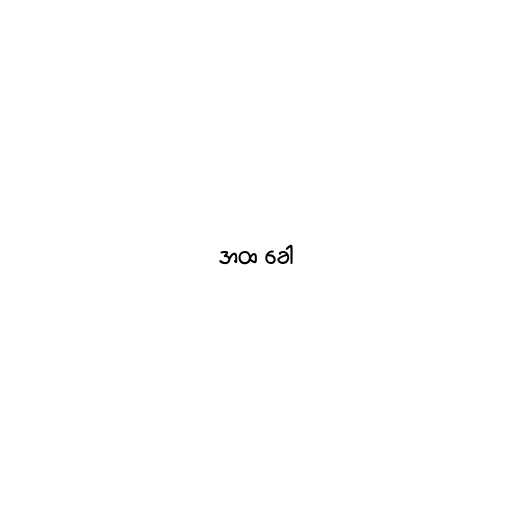
အထ ခေါ